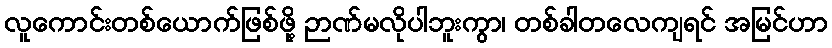
လူကောင်းတစ်ယောက်ဖြစ်ဖို့ ဉာဏ်မလိုပါဘူးကွာ၊ တစ်ခါတလေကျရင် အမြင်ဟာ